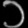
Digit: ၁